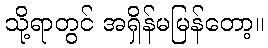
သို့ရာတွင် အရှိန်မမြန်တော့။